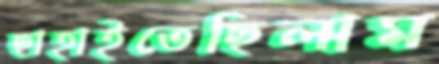
ছাহাইতেছিলাম